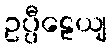
ဥပ္ပီဠေယျ